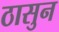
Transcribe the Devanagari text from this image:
ठासुन